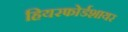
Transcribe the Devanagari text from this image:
हियरफोर्डशायर